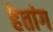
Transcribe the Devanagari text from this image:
हैतांग